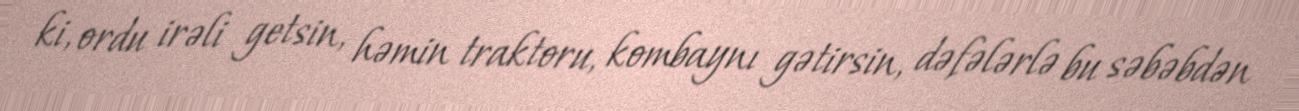
ki, ordu irəli getsin, həmin traktoru, kombaynı gətirsin, dəfələrlə bu səbəbdən